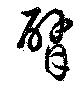
臂